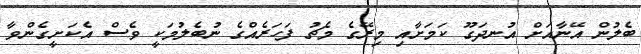
ބެލުން އޭނާއަށް އުނދަގޫ ކަމަށާއި މިރޭގެ މެޗު ފަހަރެއްގެ ނުބެލުމަކީ ވެސް އެކަށީގެންވާ